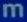
m